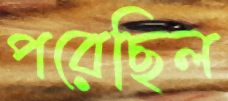
পরেছিল